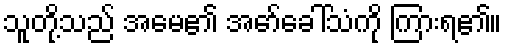
သူတို့သည် အမေ၏ အော်ခေါ်သံကို ကြားရ၏။